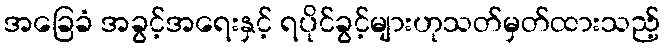
အခြေခံ အခွင့်အရေးနှင့် ရပိုင်ခွင့်များဟုသတ်မှတ်ထားသည့်